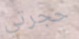
حجرتي